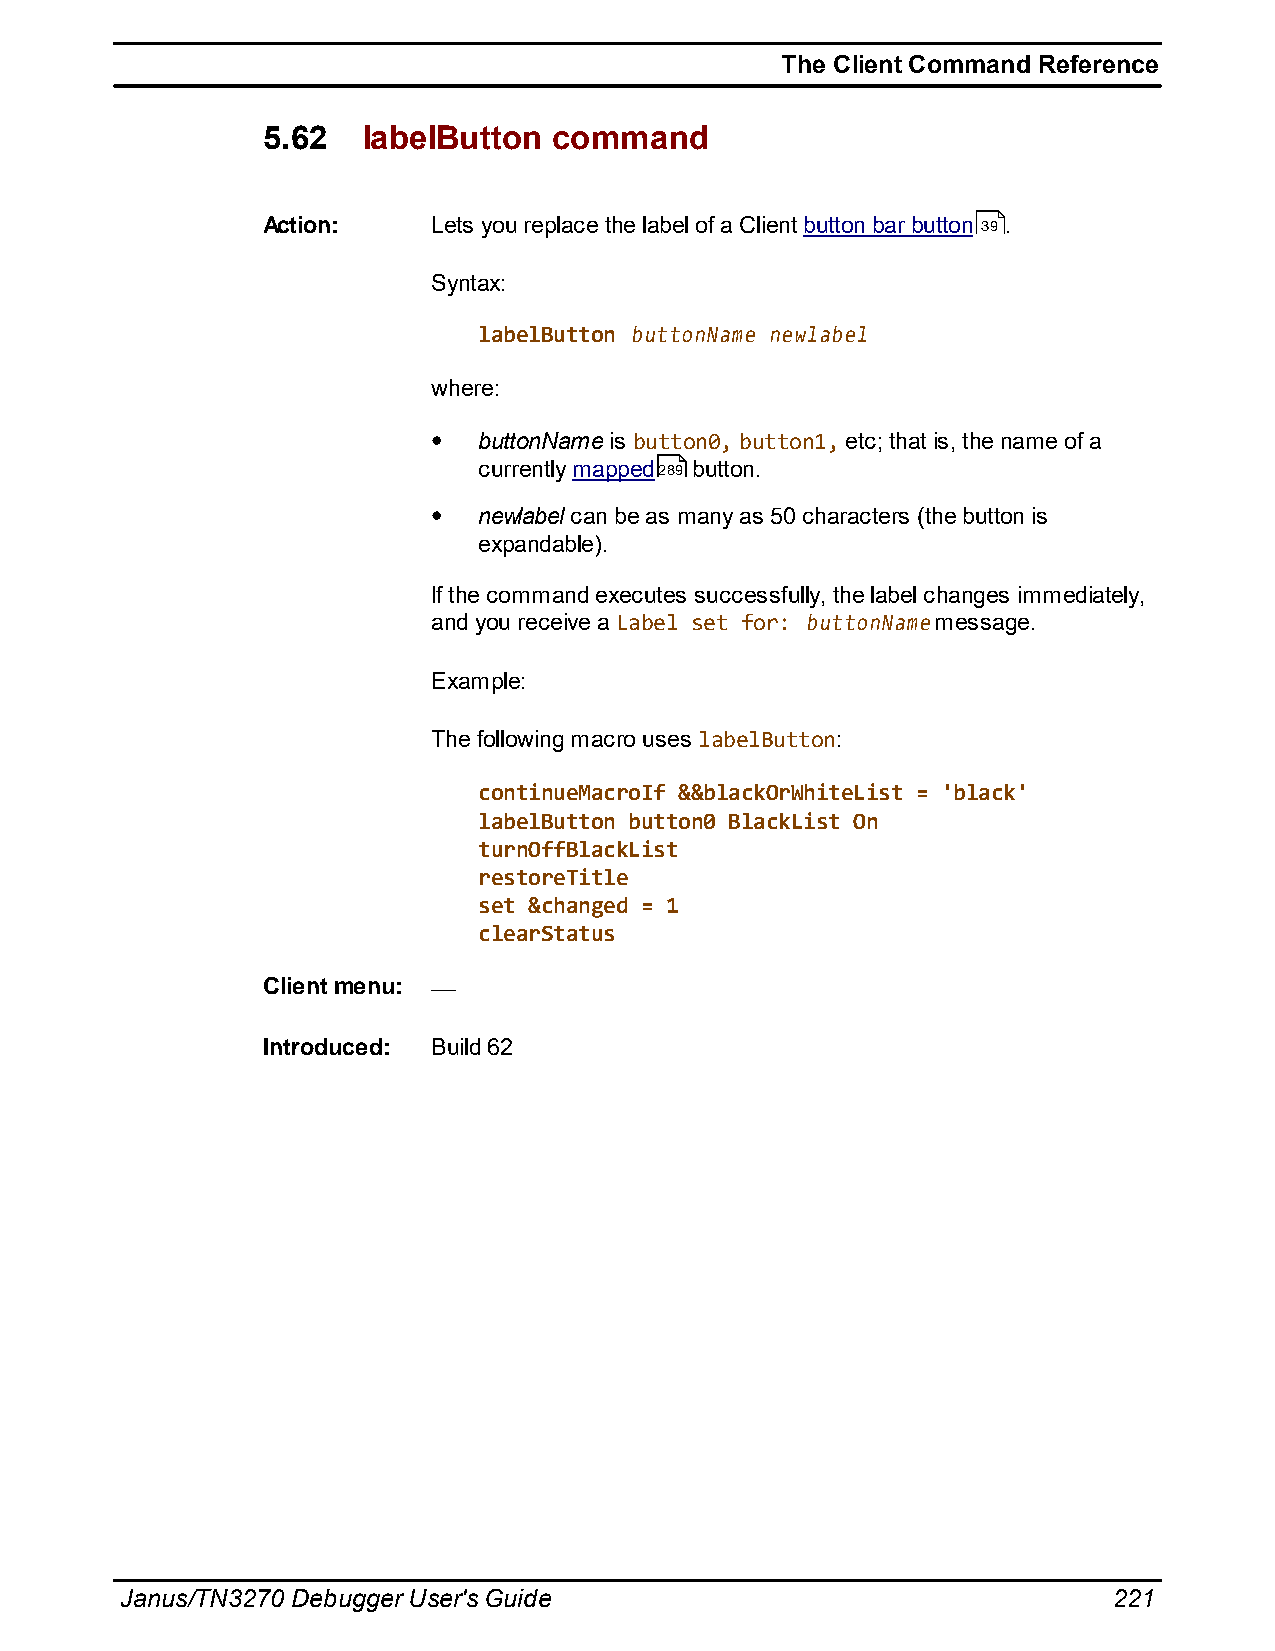
The Client Command Reference
 5.62   labelButton  command
 Action:     Lets you replace the label of a Client button bar button 39 .
 Syntax:
 labelButton buttonName newlabel
 where:
 buttonName is button0, button1, etc; that is, the name of a
 currently mapped289 button.
 newlabel can be as many as 50 characters (the button is
 expandable).
 If the command executes successfully, the label changes immediately,
 and you receive a Label set for: buttonName message.
 Example:
 The following macro uses labelButton:
 continueMacroIf &&blackOrWhiteList = 'black'
 labelButton button0 BlackList On
 turnOffBlackList
 restoreTitle
 set &changed = 1
 clearStatus
 Client menu:
 Introduced: Build 62
 Janus/TN3270 Debugger User's Guide                                221